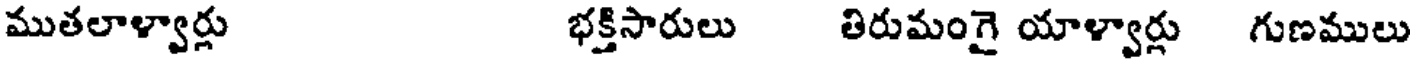
ముతలాళ్వార్లు భక్తిసారులు తిరుమంగై యాళ్వార్లు గుణములు